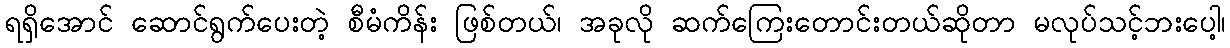
ရရှိအောင် ဆောင်ရွက်ပေးတဲ့ စီမံကိန်း ဖြစ်တယ်၊ အခုလို ဆက်ကြေးတောင်းတယ်ဆိုတာ မလုပ်သင့်ဘးပေါ့၊